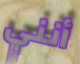
أنني